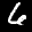
Label: 6